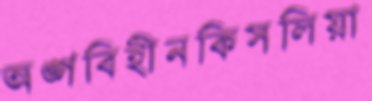
অঙ্গবিহীনকিসলিয়া